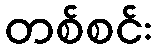
တစ်စင်း